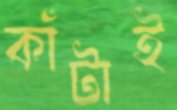
কাঁটাই